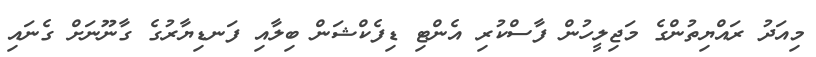
މިއަދު ރައްޔިތުންގެ މަޖިލީހުން ފާސްކުރި އެންޓި ޑިފެކްޝަން ބިލާއި ފަނޑިޔާރުގެ ގާނޫނަށް ގެނައި